Report on the working of the Ranchi Indian Mental Hospital, Kanke, in Bihar and Orissa - 1930-1940
Year: 1930
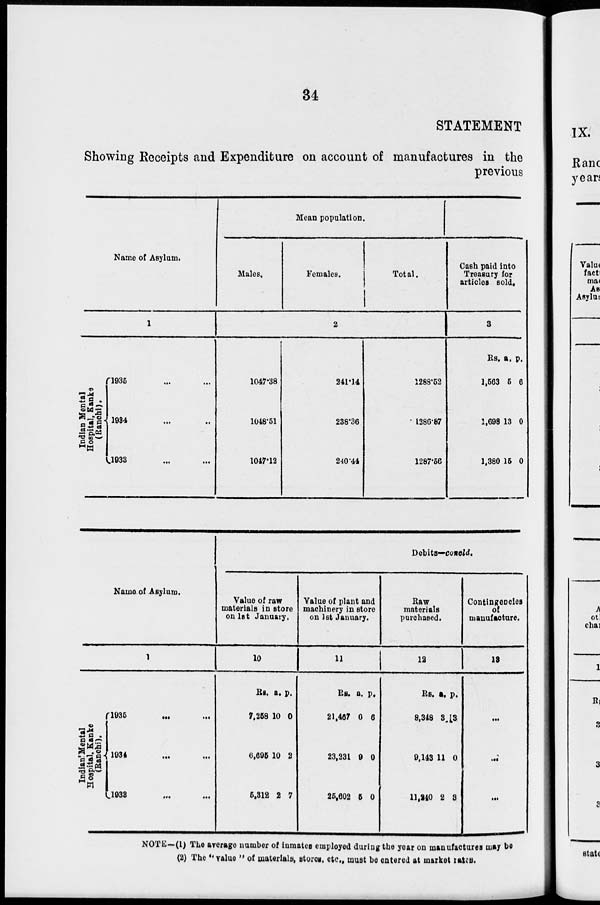
34
STATEMENT
Showing Receipts and Expenditure on account of manufactures in the
previous
Name of Asylum.
1
Indian Mental
Hospital, Kanke
(Ranchi).
1935 ... ... ...
1934 ... ... ...
1933 ... ... ...
Mean population.
Males.
Females.
Total.
2
1047.38
1048.51
1047.12
241.14
238.36
240.44
1288.52
1286.87
1287.56
Cash paid into
Treasury for
articles sold.
3
Rs.
1,563
1,698
1,380
a.
5
13
15
p.
6
0
0
Name of Asylum.
Indian Mental
H
ospital, Kanke
(Ranchi).
1
1935 ... ... ...
1934
...
...
...
1933
...
...
...
Debits—concld.
Value of raw
materials in store
on 1st January.
10
Rs.
7,258
6,695
5,312
a.
10
10
2
p.
0
2
7
Value of plant and
machinery in store
on 1st January.
11
Rs.
21,467
23,231
25,602
a.
0
9
5
p.
6
0
0
Raw
materials
purchased.
12
Rs.
8,348
9,143
11,240
a.
3
11
2
p.
3
0
3
Contingencies
of
manufacture.
13
...
...
...
NOTE—(1) The average number of inmates employed during the year on manufactures may be
(2) The " value " of materials, stores. etc., must be entered at market rates.